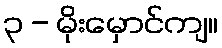
၃ - မိုးမှောင်ကျ။